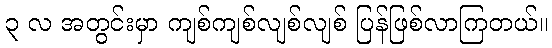
၃ လ အတွင်းမှာ ကျစ်ကျစ်လျစ်လျစ် ပြန်ဖြစ်လာကြတယ်။